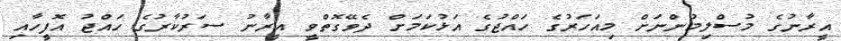
އީރާނުގެ މުސްލިމުންނަށް މިއަހަރުގެ ހައްޖުގެ އަޅުކަމަށް ދެވޭގޮތްވީ އީރާނު ސަރުކާރުގެ ހައްޖު އޮފީހާއި